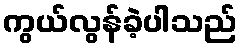
ကွယ်လွန်ခဲ့ပါသည်